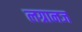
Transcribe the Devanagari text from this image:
लग्रानज